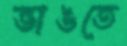
ভাঙতে